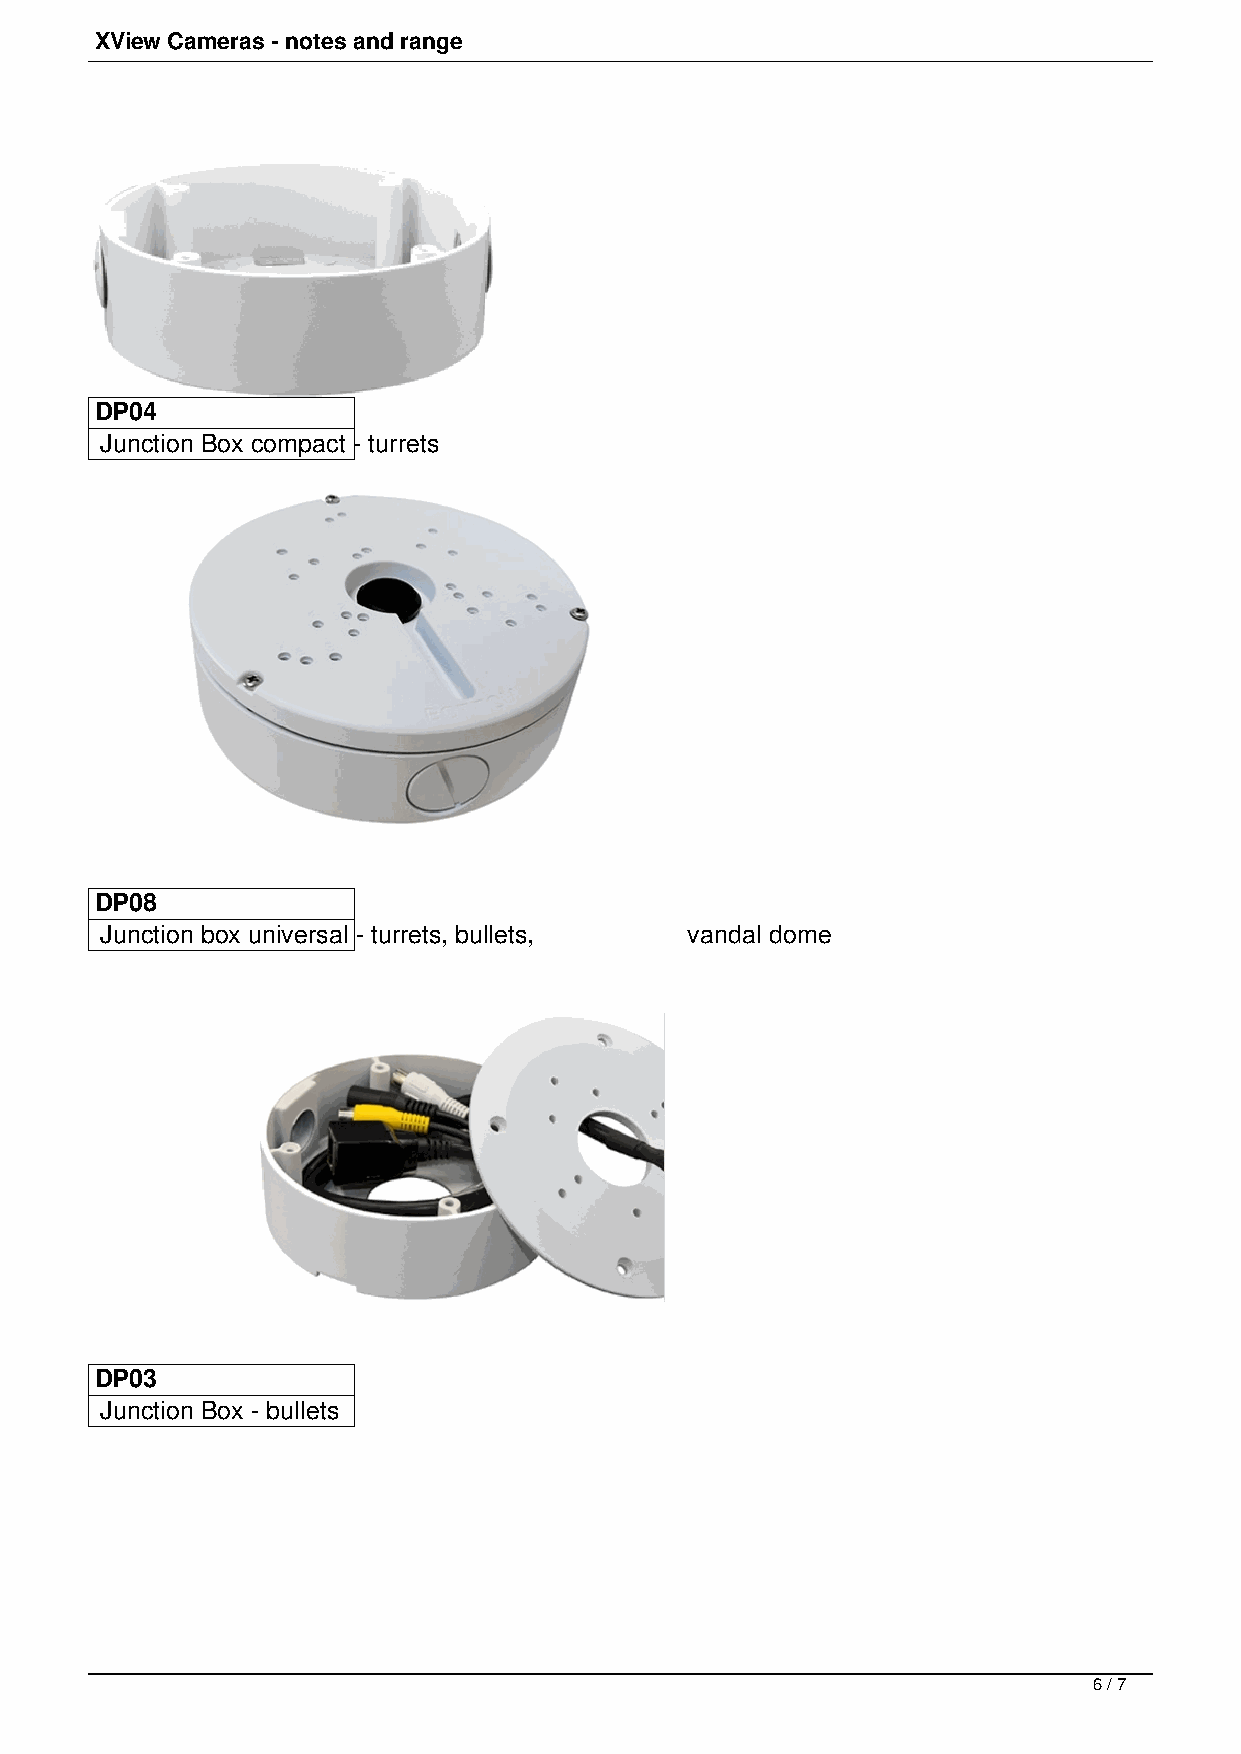
XView Cameras - notes and range
 DP04
 Junction Box compact - turrets
 DP08
 Junction box universal - turrets, bullets, vandal dome
 DP03
 Junction Box - bullets
 6 / 7